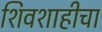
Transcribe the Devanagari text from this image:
शिवशाहीचा